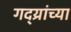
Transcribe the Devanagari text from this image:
गद्य्रांच्या